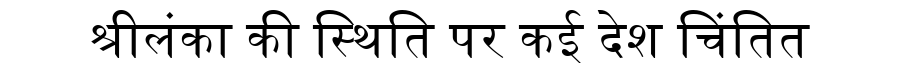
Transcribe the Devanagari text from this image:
श्रीलंका की स्थिति पर कई देश चिंतित